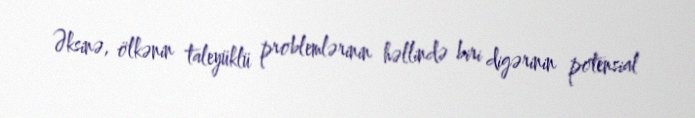
Əksinə, ölkənin taleyüklü problemlərinin həllində biri digərinin potensial